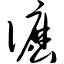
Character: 仫